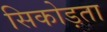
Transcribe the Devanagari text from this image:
सिकोड़ता